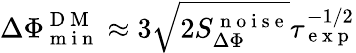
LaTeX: \Delta\Phi_{\mathrm{~m~i~n~}}^{\mathrm{~D~M~}}\approx 3\sqrt{2S_{\Delta\Phi}^{\mathrm{~n~o~i~s~e~}}}\tau_{\mathrm{~e~x~p~}}^{-1/2}